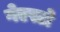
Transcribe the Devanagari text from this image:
गेएस्टो